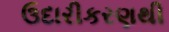
ઉદારીકરણથી